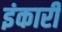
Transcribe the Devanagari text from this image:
इंकारी